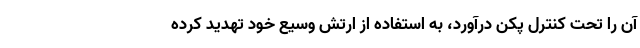
آن را تحت کنترل پکن درآورد، به استفاده از ارتش وسیع خود تهدید کرده